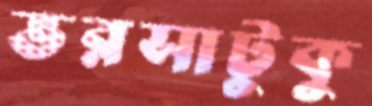
ভরসাটুকু